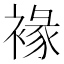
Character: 褖